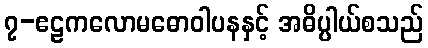
၇-ဧဠကလောမဓောဝါပနနှင့် အဓိပ္ပါယ်စသည်